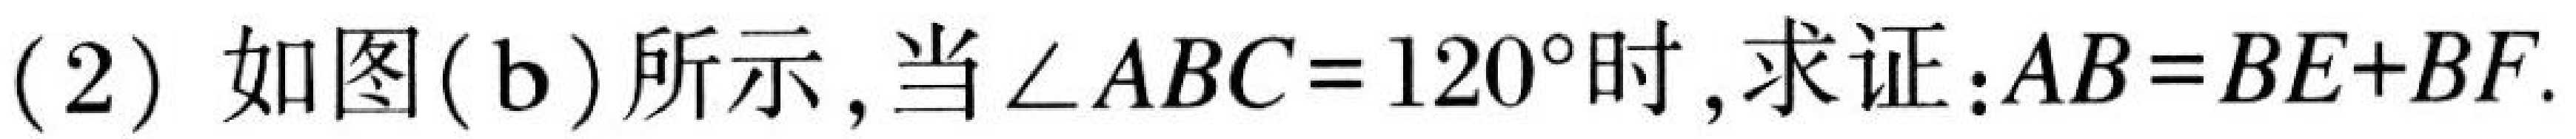
(2) 如图(\text{b})所示，当\(\angle ABC = 120^{\circ}\)时，求证：\(AB=BE + BF\).